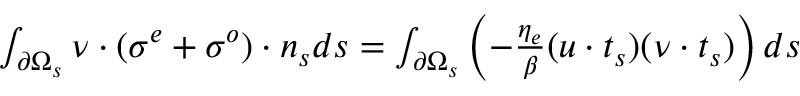
\begin{array} { r } { \int _ { \partial \Omega _ { s } } \boldsymbol { \nu } \cdot ( \boldsymbol { \sigma ^ { e } } + \boldsymbol { \sigma ^ { o } } ) \cdot \boldsymbol { n _ { s } } d s = \int _ { \partial \Omega _ { s } } \left( - \frac { \eta _ { e } } { \beta } ( \boldsymbol { u } \cdot \boldsymbol { t _ { s } } ) ( \boldsymbol { \nu } \cdot \boldsymbol { t _ { s } } ) \right) d s } \end{array}